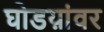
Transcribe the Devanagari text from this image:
घोडय़ांवर